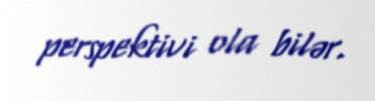
perspektivi ola bilər.